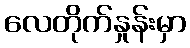
လေတိုက်နှုန်းမှာ